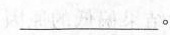
________。